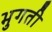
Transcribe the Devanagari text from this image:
भुगती